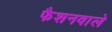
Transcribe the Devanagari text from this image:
फैशनवाले